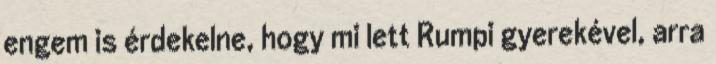
engem is érdekelne, hogy mi lett Rumpi gyerekével, arra